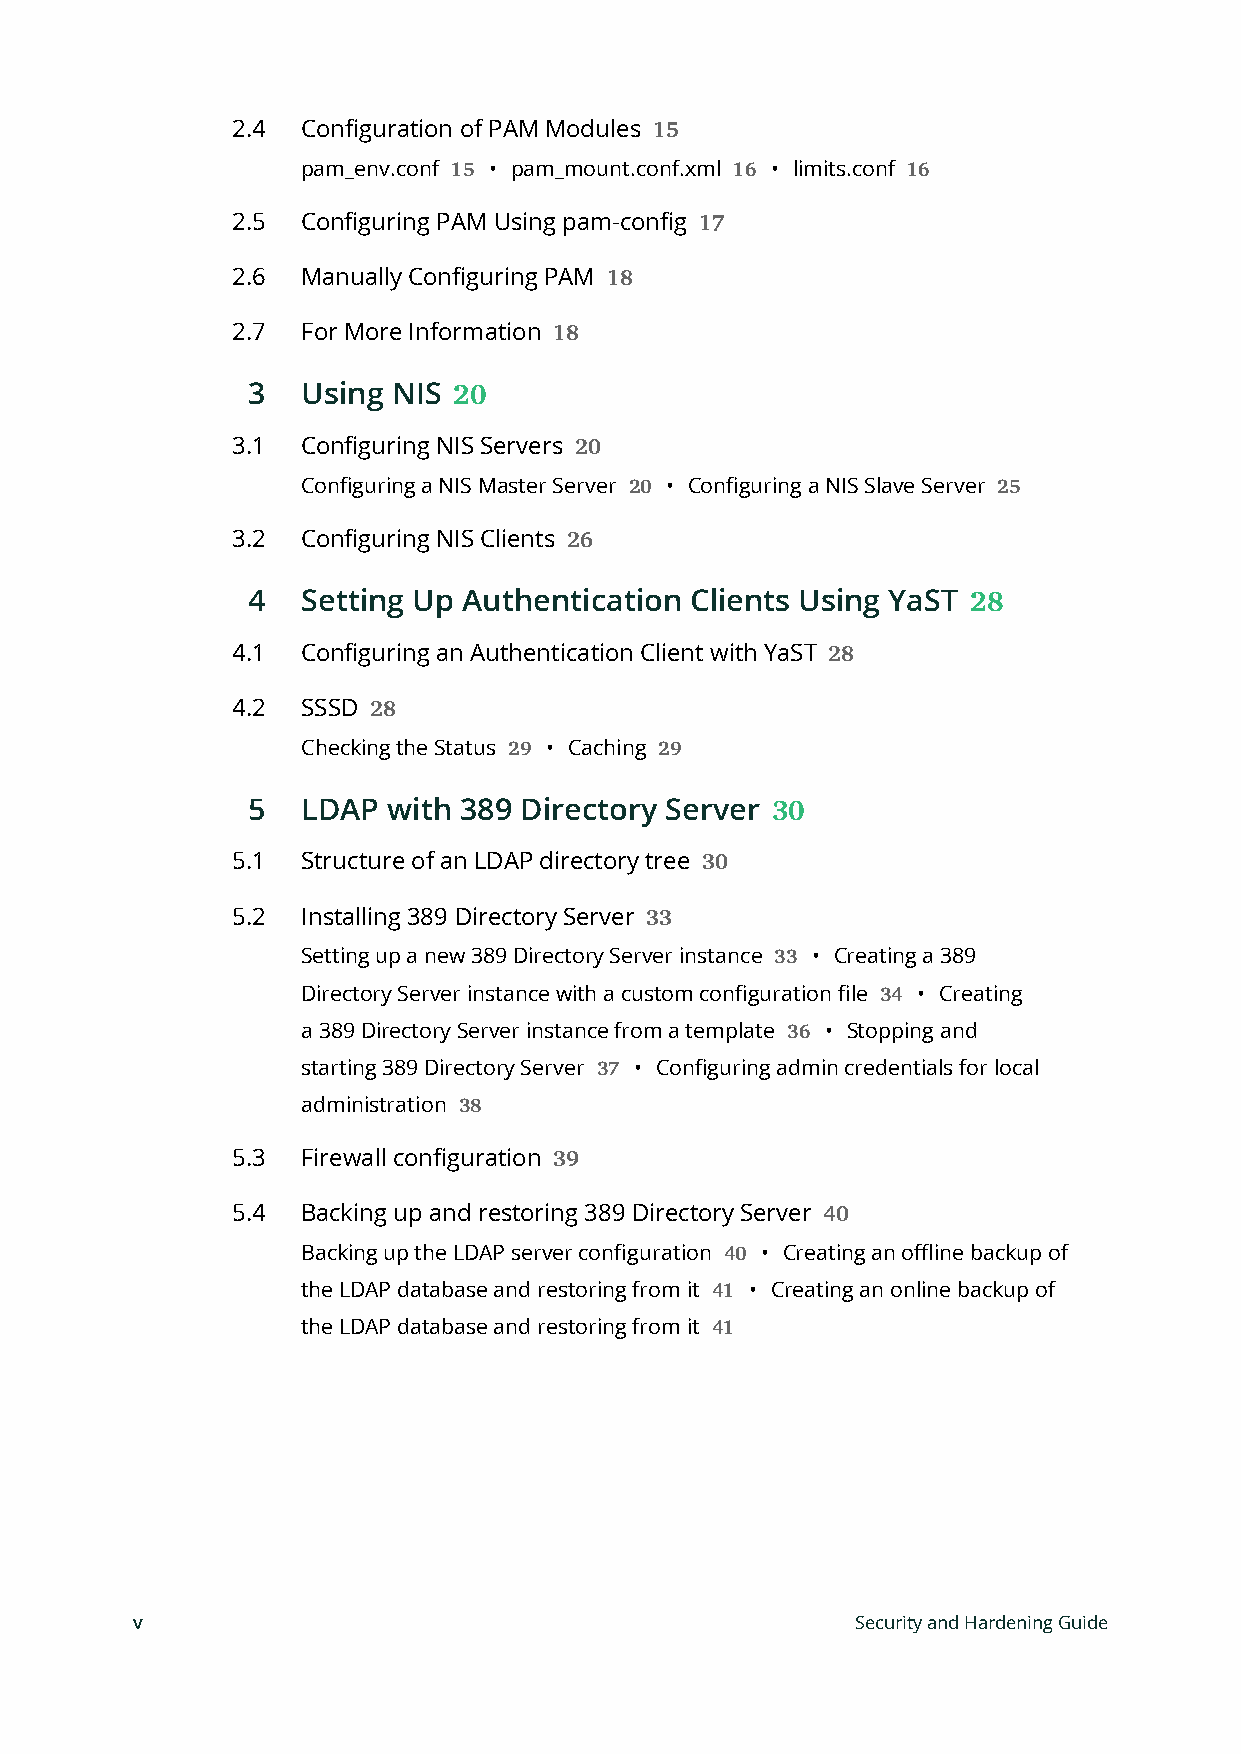
2.4  Configuration of PAM Modules
 15
 pam_env.conf • pam_mount.conf.xml • limits.conf
 15                 16         16
 2.5  Configuring PAM Using pam-config
 17
 2.6  Manually Configuring PAM
 18
 2.7  For More Information
 18
 3   Using NIS
 20
 3.1  Configuring NIS Servers
 20
 Configuring a NIS Master Server • Configuring a NIS Slave Server
 20                      25
 3.2  Configuring NIS Clients
 26
 4   Setting Up Authentication Clients Using YaST
 28
 4.1  Configuring an Authentication Client with YaST
 28
 4.2  SSSD
 28
 Checking the Status • Caching
 29        29
 5   LDAP  with 389 Directory Server
 30
 5.1  Structure of an LDAP directory tree
 30
 5.2  Installing 389 Directory Server
 33
 Setting up a new 389 Directory Server instance • Creating a 389
 33
 Directory Server instance with a custom configuration file • Creating
 34
 a 389 Directory Server instance from a template • Stopping and
 36
 starting 389 Directory Server • Configuring admin credentials for local
 37
 administration
 38
 5.3  Firewall configuration
 39
 5.4  Backing up and restoring 389 Directory Server
 40
 Backing up the LDAP server configuration • Creating an offline backup of
 40
 the LDAP database and restoring from it • Creating an online backup of
 41
 the LDAP database and restoring from it
 41
 v                                               Security and Hardening Guide